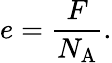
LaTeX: e={\frac{F}{N_{\mathrm{A}}}}.